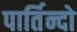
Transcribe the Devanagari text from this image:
पार्तिन्दो